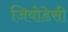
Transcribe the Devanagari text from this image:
जियोडेसी